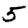
Digit: 5